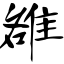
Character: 雒